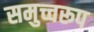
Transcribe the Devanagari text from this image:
समुच्चरूप